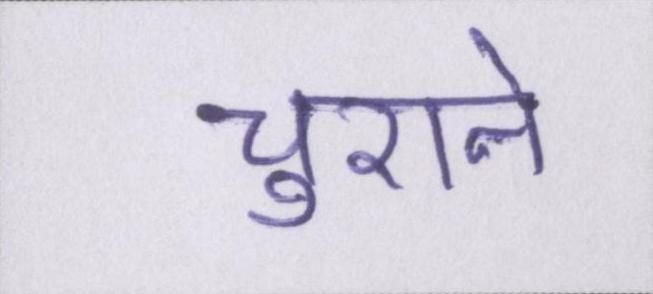
चुराने